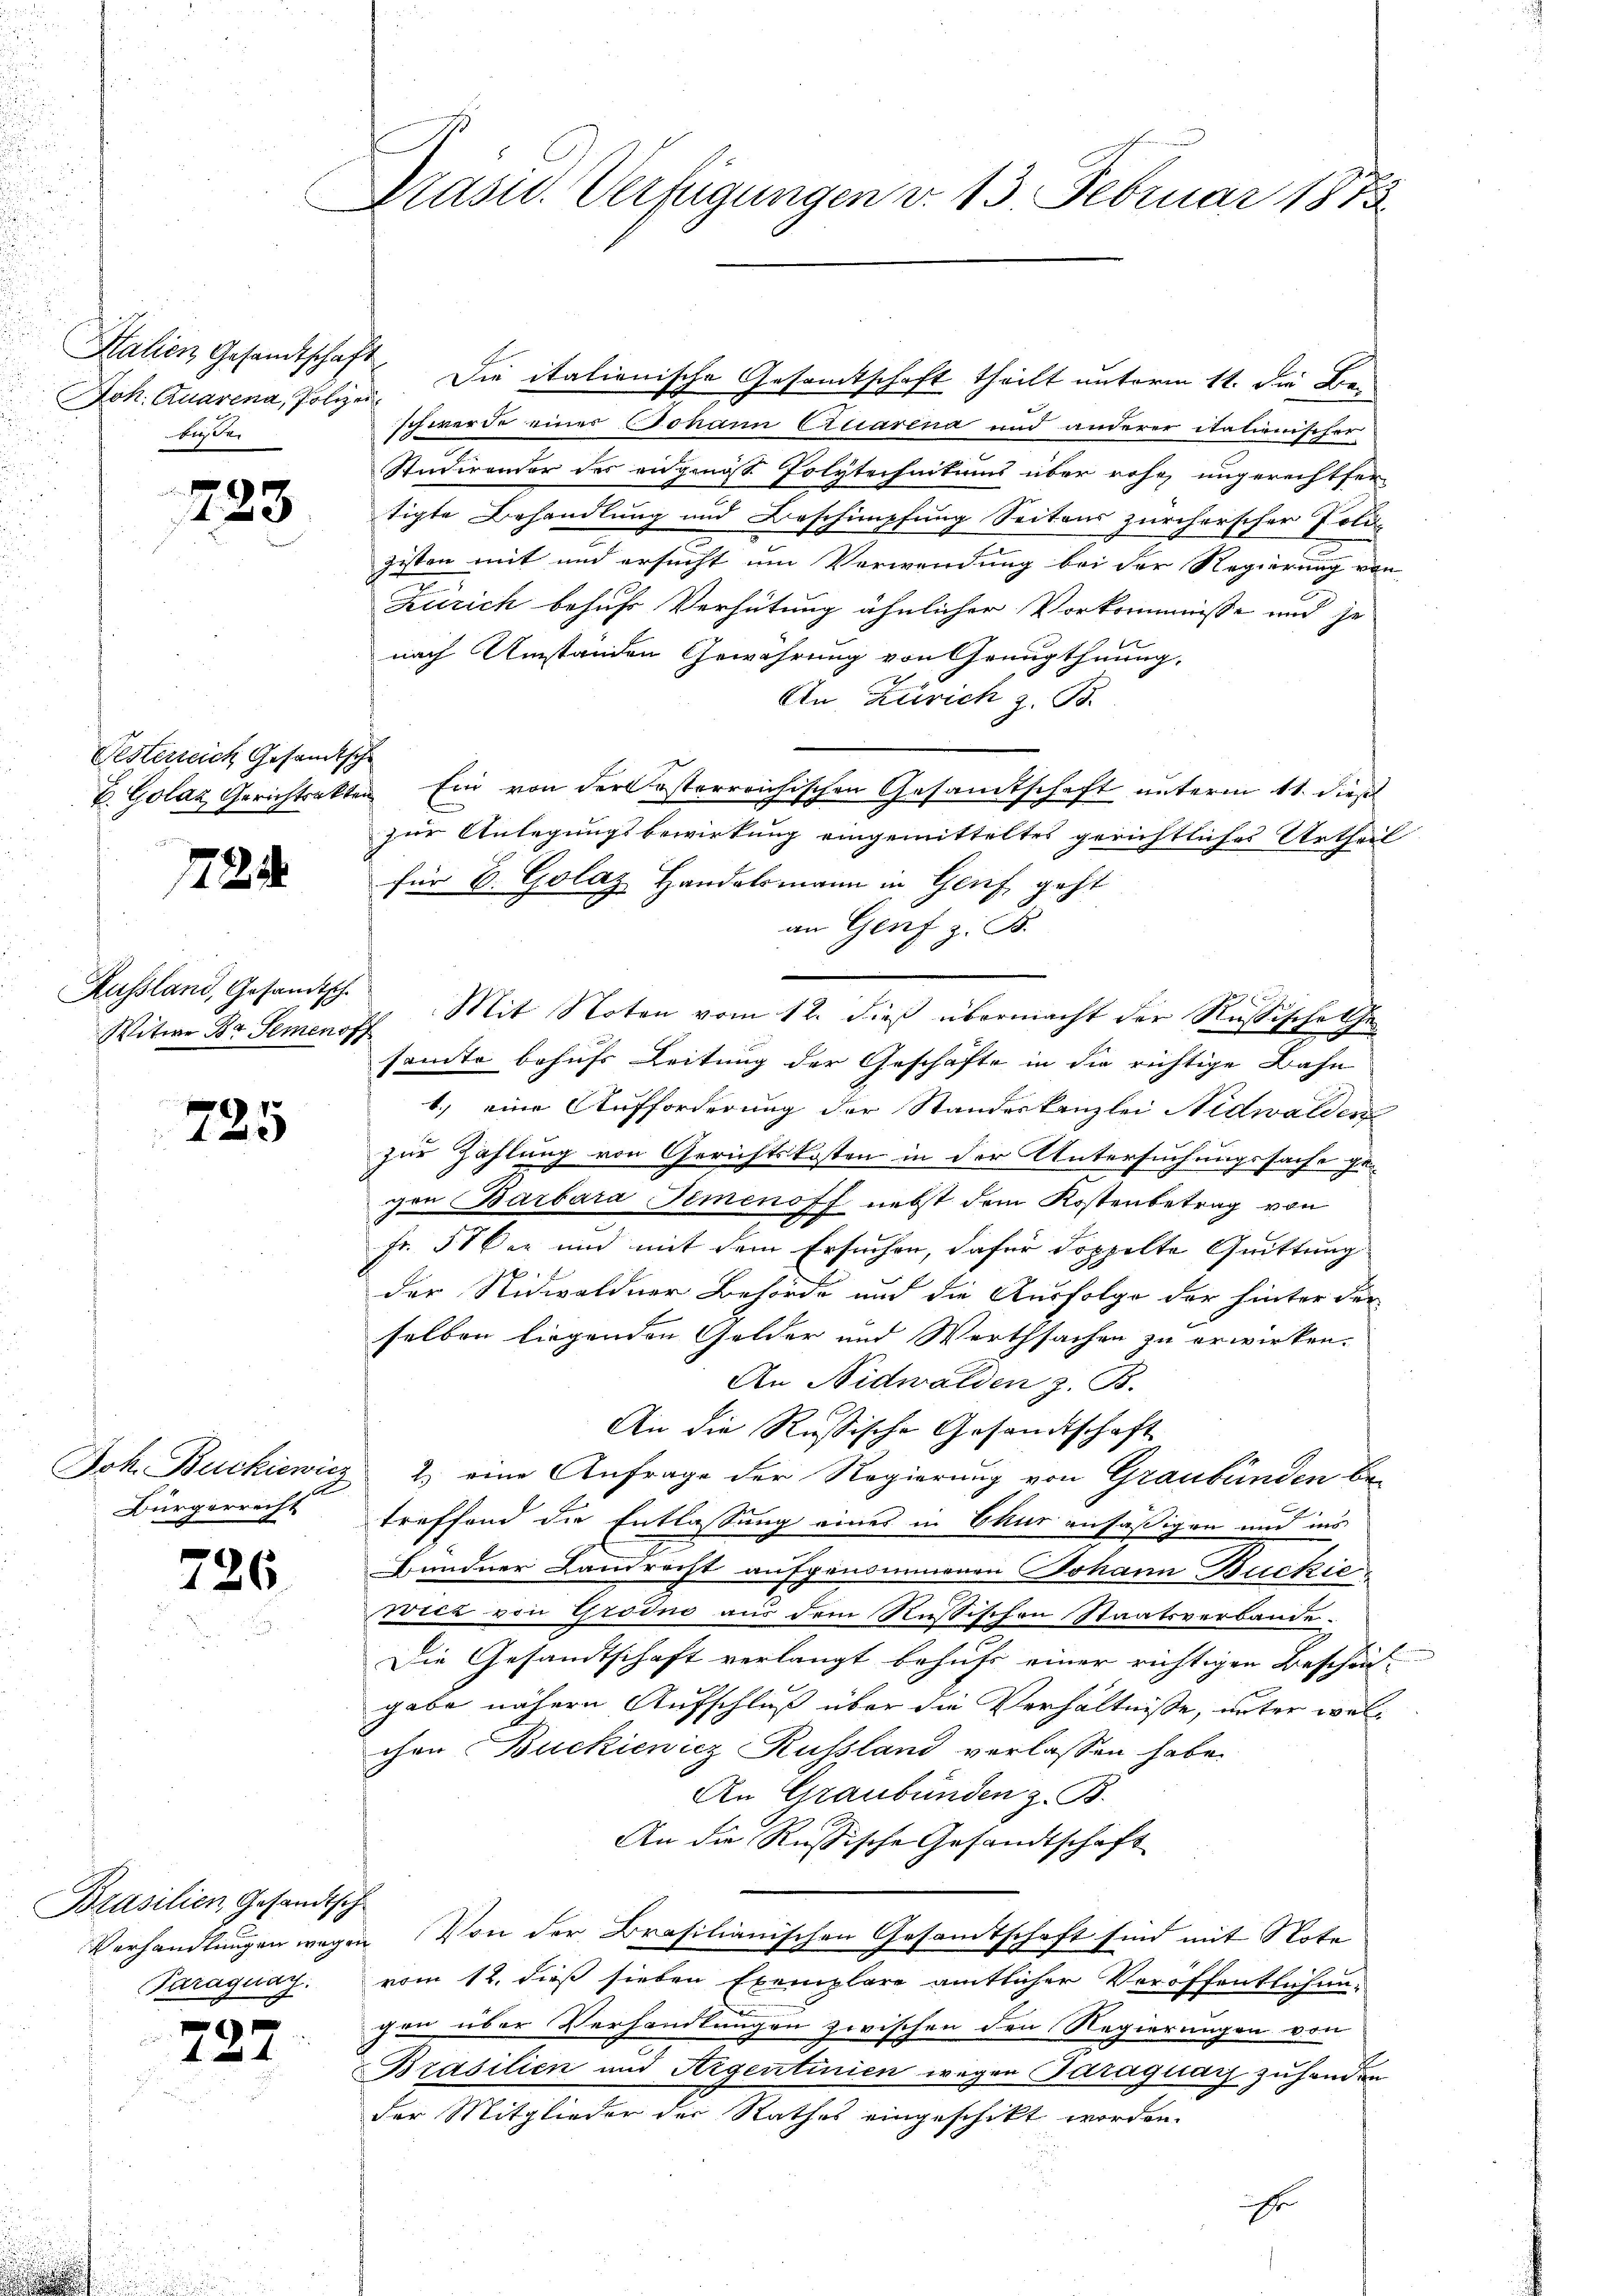
Stalien Gesandtschaft
Kiren.

723

Gesterreich Gesandtsche
b. Golaz Gerichtsakter

722

Russland, Gesandtsch
Witwe Dr. Semenofz

725

Joh. Buckiewicz
Bürgerrecht

726.

Brasilien, Gesandtsch
Paraguay.

727

Präsid. Verfügungen v. 13. Februar 1873

Jok. Quarena, folgen. Die italionische Gesamtschaft theilt unterm 11. die Be-
Ich werde einer Johann Ciliarena und anderer italienischer
Studirender des engingst Polytechnitums über rohe, ungerechtfer
tigte Behandlung und Beschimpfung Seitens zürcherscher Poli-
gisten mit und ersucht um Verwendung bei der Regierung von
Zürich behufs Verhütung ähnlicher Vorkommisse und je
nach Umständen Gewährung von Graugthuung,
.
An Zürich z. B.
" Ein von der österreichischen Gesamtschaft unterm 11. dieß
zur Anlegungsbewirkung eingemitteltes gerichtliches Urtheil
für 6. Golaz Handelsmann in Genf geht
an Genf z. B.
u
2. Mit Noten vom 12. dieß übermacht der Rußische Gesamte behufs Leitung der Geschäfte in die richtige Bahn
1.) eine Aufforderung der Standeskanzlei Nidwalden
zur Zahlung von Gerichtskosten in der Untersuchungssache ge-
gen Barbara Semenoff nebst dem Kostenbetrag von
Fr. 51 der und mit dem Ersuchen, dafür doppelte Quittung
der Nidwaldner Behörde und die Ausfolge der hinter der
selben liegenden Gelder und Werthsachen zu erwirken.
An Nidwalden z. B.
An die Russische Gesandtschaft
2) eine Anfrage der Regierung von Graubünden be-
treffend die Entlassung eines in Chur ansäßigen und ins
Bündner Landrecht aufgenommenen Johann Buckieweit von Grodno aus dem Rußischen Staatsverbande-
Die Gesandtschaft verlangt behufs einer richtigen Beschäd-
gabe nähern Aufschluß über die Verhältnisse, unter welchen Buckienicz Russland verlassen habe.
An Graubünden z. B.
An die Russische Gesandtschaft
Verhandlungen wegen Von der Brasilianischen Gesamtschaft sind mit Note
vom 12. dieß sieben Exemplare amtlicher Veröffentlichengen über Verhandlungen zwischen den Regierungen von
Brasilien und Argentinien wegen Paraguarz zuhanden
der Mitglieder der Rathes eingeschikt worden.
üchte